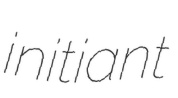
initiant